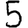
Digit: 5